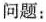
问题：